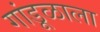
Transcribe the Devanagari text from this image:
गांडूळाला